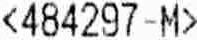
<484297-M>